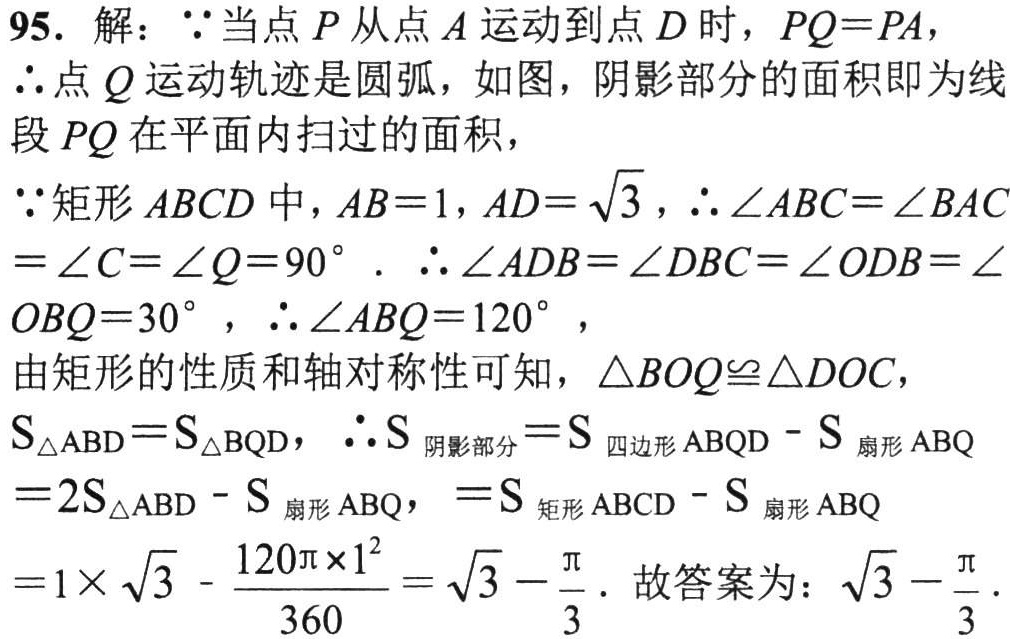
95. 解：\(\because\)当点 \(P\) 从点 \(A\) 运动到点 \(D\) 时，\(PQ = PA\)，
\(\therefore\)点 \(Q\) 运动轨迹是圆弧，如图，阴影部分的面积即为线
段 \(PQ\) 在平面内扫过的面积，
\(\because\)矩形 \(ABCD\) 中，\(AB = 1\)，\(AD=\sqrt{3}\)，\(\therefore\angle ABC=\angle BAC\)
\(=\angle C=\angle Q = 90^{\circ}\). \(\therefore\angle ADB=\angle DBC=\angle ODB=\angle\)
\(OBQ = 30^{\circ}\)，\(\therefore\angle ABQ = 120^{\circ}\)，
由矩形的性质和轴对称性可知，\(\triangle BOQ\cong\triangle DOC\)，
\(S_{\triangle ABD}=S_{\triangle BQD}\)，\(\therefore S_{\text{阴影部分}}=S_{\text{四边形}ABQD}-S_{\text{扇形}ABQ}\)
\(=2S_{\triangle ABD}-S_{\text{扇形}ABQ}\)，\(=S_{\text{矩形}ABCD}-S_{\text{扇形}ABQ}\)
\(=1\times\sqrt{3}-\frac{120\pi\times1^{2}}{360}=\sqrt{3}-\frac{\pi}{3}\). 故答案为：\(\sqrt{3}-\frac{\pi}{3}\).